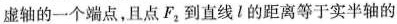
虚轴的一个端点，且点F_{2}到直线l的距离等于实半轴的